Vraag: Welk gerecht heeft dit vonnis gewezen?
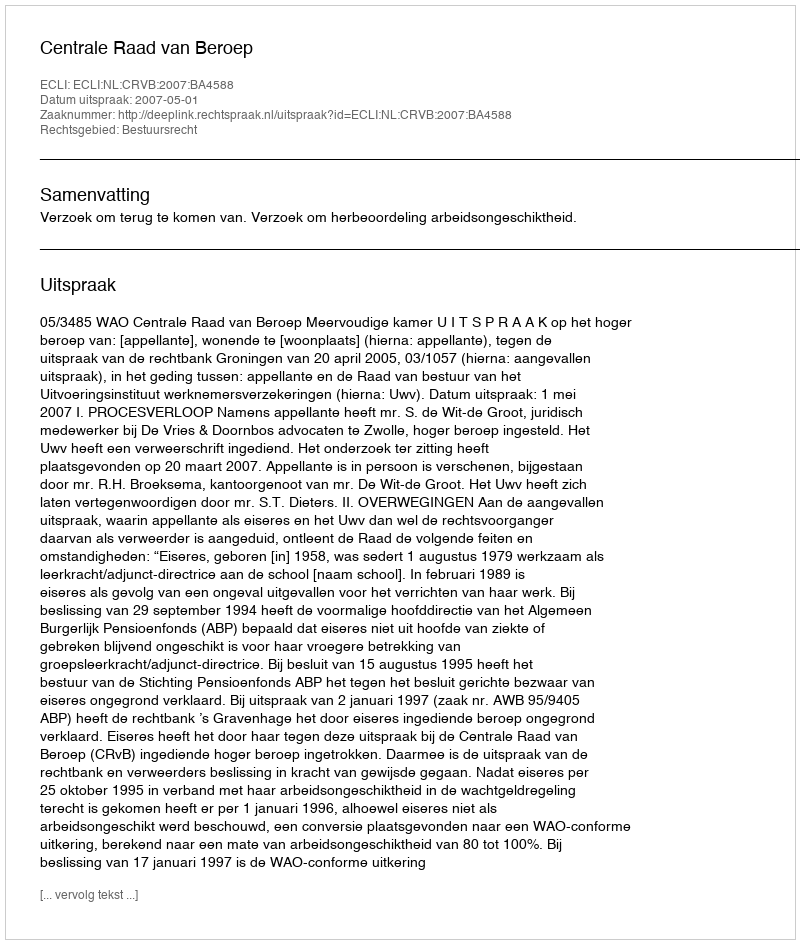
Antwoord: Centrale Raad van Beroep